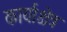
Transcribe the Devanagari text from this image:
कार्याक्षेत्र